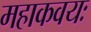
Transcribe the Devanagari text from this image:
महाकवयः